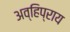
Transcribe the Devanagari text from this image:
अव्हिप्राय